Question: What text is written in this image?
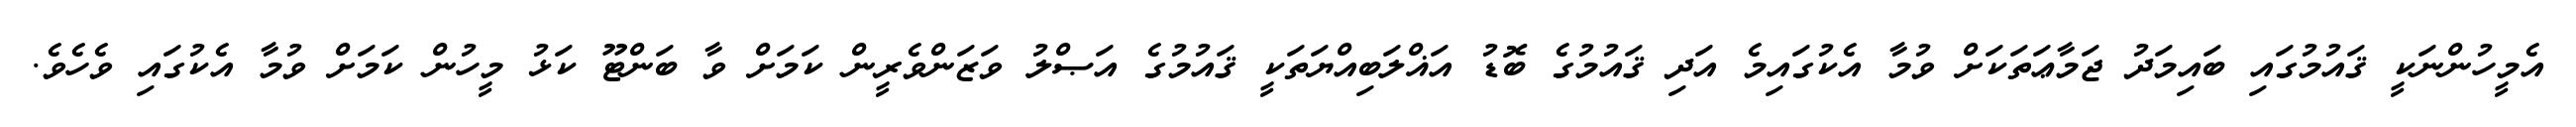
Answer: އެމީހުންނަކީ ޤައުމުގައި ބައިމަދު ޖަމާޢަތަކަށް ވުމާ އެކުގައިމެ އަދި ޤައުމުގެ ބޮޑު އަޣްލަބިއްޔަތަކީ ޤައުމުގެ އަޞްލު ވަޒަންވެރީން ކަމަށް ވާ ބަންޓޫ ކަޅު މީހުން ކަމަށް ވުމާ އެކުގައި ވެހެވެ.